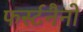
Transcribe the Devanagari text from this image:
फर्स्टनैनो